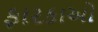
ફારકાઓ